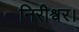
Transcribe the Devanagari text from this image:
निरीश्वर।